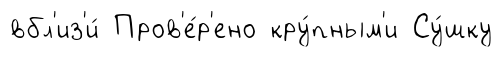
вбл'из'и́ Пров'е́р'ено кру́пным'и Су́шку